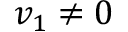
\textstyle v _ { 1 } \neq 0